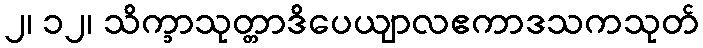
၂၊ ၁၂၊ သိက္ခာသုတ္တာဒိပေယျာလဧကာဒသကသုတ်